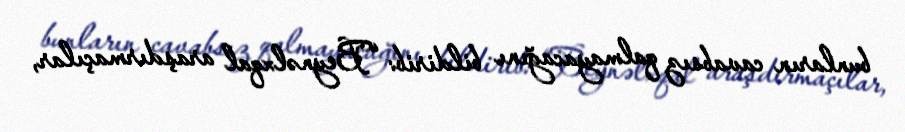
bunların cavabsız qalmayacağını bildirib: “Beynəlxqal araşdırmaçılar,